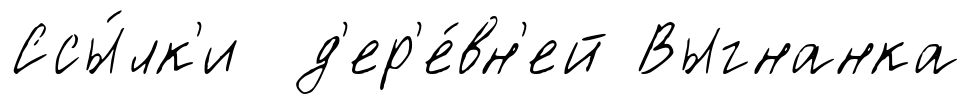
Ссы́лк'и д'ер'е́вн'ей Выгнанка